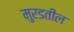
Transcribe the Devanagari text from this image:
मुरडतील